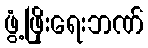
ဖွံ့ဖြိုးရေးဘဏ်